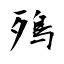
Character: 殦